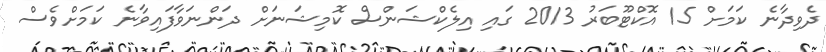
ދެވިދާނެ ކަމަށް 15 އޮކްޓޫބަރު 2013 ގައި އިލެކްޝަންސް ކޮމިޝަނަށް ދަންނަވާފައިވާނެ ކަމަށްވެސް